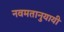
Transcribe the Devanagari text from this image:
नवमतानुयायी